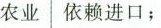
农业 依赖进口